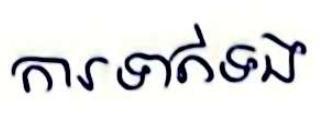
ការទាក់ទង